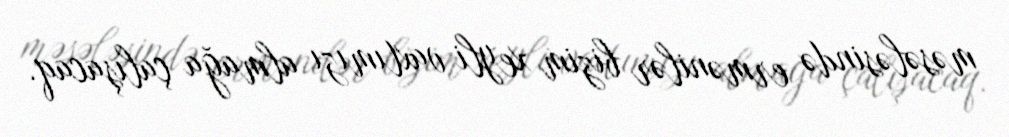
məsələsində ermənilər bizim xeyli vaxtımızı almağa çalışacaq.